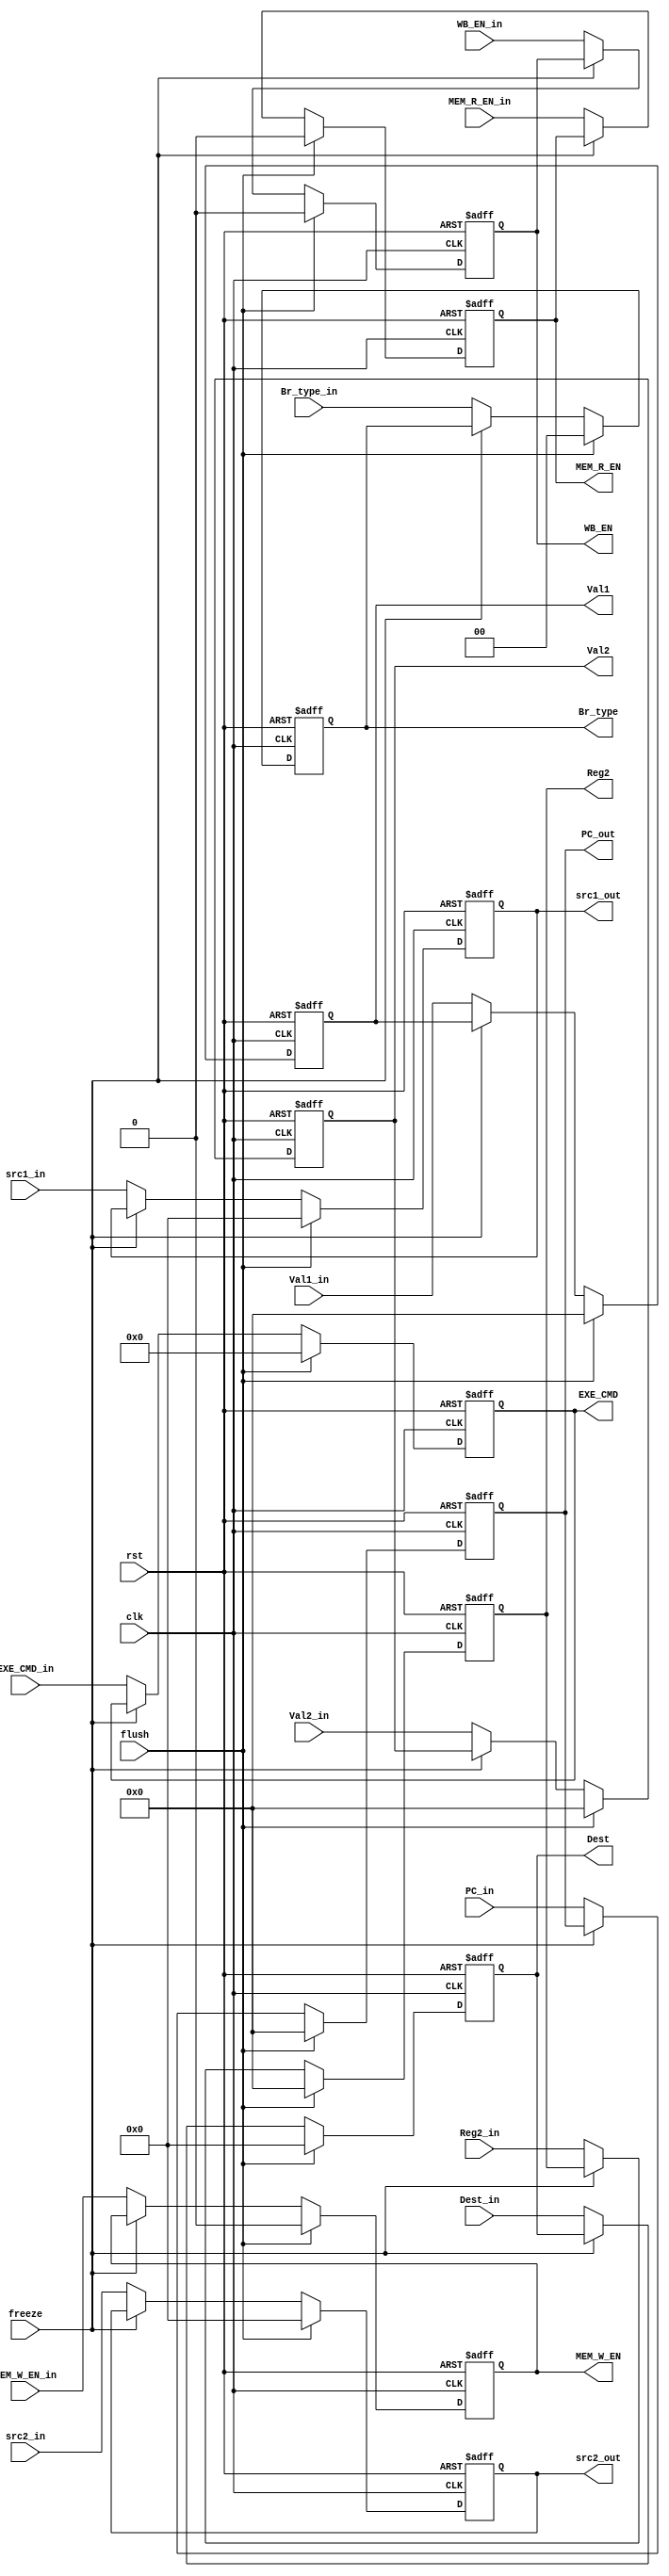
module ID_Stage_reg
	(
		input clk,
		input rst,
		//from EXE Stage
		input flush,
		//to stage registers
		input [4:0] src1_in ,
		input [4:0] src2_in ,
		input [4:0] Dest_in,
		input [31:0] Reg2_in,
		input [31:0] Val2_in,
		input [31:0] Val1_in,
		input [31:0] PC_in,
		input [1:0] Br_type_in,
		input [3:0] EXE_CMD_in,
		input MEM_R_EN_in,
		input MEM_W_EN_in,
		input WB_EN_in,

		input freeze,

		//to stage registers
		output reg [4:0] Dest,
		output reg [31:0] Reg2,
		output reg [31:0] Val2,
		output reg [31:0] Val1,
		output reg [31:0] PC_out,
		output reg [1:0] Br_type,
		output reg [3:0] EXE_CMD,
		output reg MEM_R_EN,
		output reg MEM_W_EN,
		output reg WB_EN ,
		output reg [4:0] src1_out ,
		output reg [4:0] src2_out 
	);

//   always@(posedge clk or posedge rst or posedge flush)
	always@(posedge clk or posedge rst)
	begin
		if(rst )
		begin
			EXE_CMD <= 0;
			MEM_R_EN <= 0;
			MEM_W_EN <= 0;
			WB_EN <= 0; 
			PC_out <= 0;
			Br_type <= 0;
			Dest <= 0;
			Val1 <= 0;
			Val2 <= 0;
			Reg2 <= 0;
			src1_out <= 5'b0 ;
			src2_out <= 5'b0 ;
		end 
		else if (flush) begin
		  EXE_CMD <= 0;
			MEM_R_EN <= 0;
			MEM_W_EN <= 0;
			WB_EN <= 0; 
			PC_out <= 0;
			Br_type <= 0;
			Dest <= 0;
			Val1 <= 0;
			Val2 <= 0;
			Reg2 <= 0;
			src1_out <= 5'b0 ;
			src2_out <= 5'b0 ;
		  
		  end
		
		else if(!freeze) begin
			EXE_CMD <= EXE_CMD_in;
			MEM_R_EN <= MEM_R_EN_in;
			MEM_W_EN <= MEM_W_EN_in;
			WB_EN <= WB_EN_in; 
			PC_out <= PC_in;
			Br_type <= Br_type_in;
			Dest <= Dest_in;
			Val1 <= Val1_in;
			Val2 <= Val2_in;
			Reg2 <= Reg2_in;
			src1_out <= src1_in ;
			src2_out <= src2_in ;
		end
	end
endmodule